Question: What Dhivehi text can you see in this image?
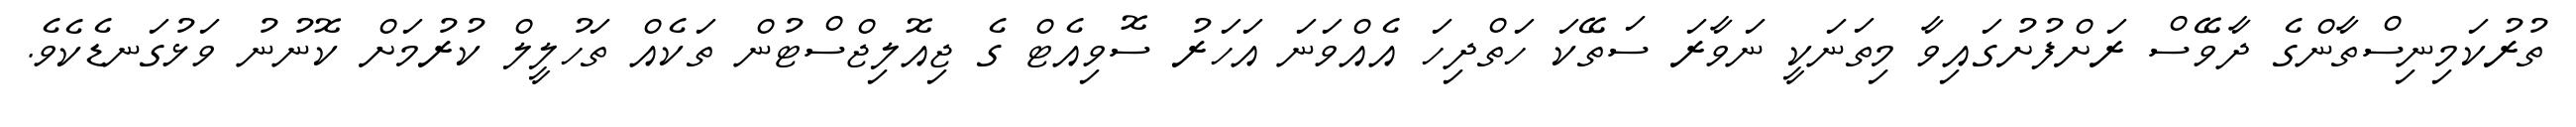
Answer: ތުރުކަމިނިސްތާންގެ ދާވޭސް ރަށްފުށުގައިވާ މިތަނަކީ ނަވާރަ ސަތޭކަ ހަތްދިހަ އެއްވަނަ އަހަރު ސޮވިއެޓް ގެ ޖިއޮލިޖްސްޓުން ތަކެއް ތަހުލީލް ކުރުމަށް ކޮނުނު ވަޅުގަނޑެކެވެ.